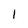
Character: l